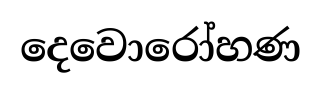
දෙවොරෝහණ